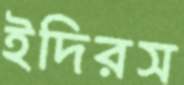
ইদিরস